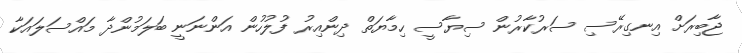
ޖާބިރަށް އިނގިރޭސި ސަރުކާރުން ސިޔާސީ ހިމާޔަތް ދިންއިރު ފުލުހުން އަންނަނީ ބަލަމުންދާ މައްސަލައަކާ